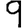
Digit: 9